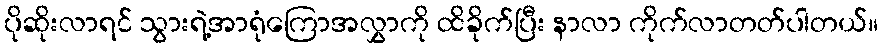
ပိုဆိုးလာရင် သွားရဲ့အာရုံကြောအလွှာကို ထိခိုက်ပြီး နာလာ ကိုက်လာတတ်ပါတယ်။